Burma Government Medical School reports 1923-41
Year: 1923
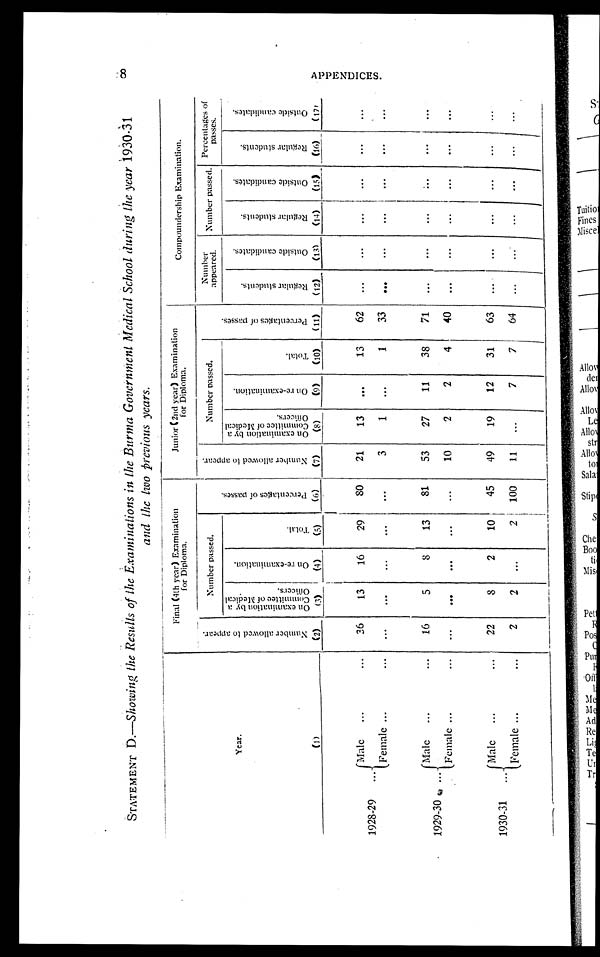
STATEMENT D.— Showing the Results of the Examinations in the Burma Government Medical School during the year 1930-31a n d t h e t w o p r e v i o u s y e a r
s.
8
Year.
(1)
Final (4th year) Examination
for Diploma.
Junior (2nd year) Examination
for Diploma.
Compoundership
Examination.
N u m b e r a l l o w e d t o a p p e a r .
( 2 )
Number passed.
P e r c e n t a g e s o f p a s s e s .
( 6 )
N u m b e r a l l o w e d t o a p p e a r .
( 7 )
Number passed.
P e r c e n t a g e s o f p a s s e s .
( 1 1 )
Number
appeared. Number passed. Percentages of
passes.
O n e x a m i n a t i o n b y a C o m m i t t e e o f M e d i c a l O f f i c e r s .
( 3 )
O n r e - e x a m i n a t i o n .
( 4 )
T o t a l .
( 5 )
O n e x a m i n a t i o n b y a C o m m i t t e e o f M e d i c a l O f f i c e r s .
( 8 )
O n r e - e x a m i n a t i o n .
( 9 )
T o t a l .
( 1 0 )
R e g u l a r s t u d e n t s .
( 1 2 )
O u t s i d e c a n d i d a t e s .
( 1 3 )
R e g u l a r s t u d e n t s
( 1 4 )
O u t s i d e c a n d i d a t e s .
( 1 5 )
R e g u l a r s t u d e n t s .
( 1 6 )
O u t s i d e c a n d i d a t e s .
( 1 7 )
1928-29
Male
36
13
16
29
80
21
13 ...
13
62 ...
. . .
. . .
. . .
. . .
. . .
Female
. . .
...
. . .
...
. . .
3
1
. . .
1
33 ...
...
. . .
. . .
. . .
. . .
1929-30
Male
16
5
8
13
81
53
27
11
38
71 ...
...
...
. . .
...
...
F e m a l e
. . .
. . .
...
...
...
10
2
2
4
40 ...
...
...
...
...
...
1930-31
Male
22
8
2
10
45
49
19
12
31
63
. . .
...
...
...
...
...
Female
2
2 ...
2 100
11
...
7
7
64 ...
...
...
...
...
...
A P P E N D I C I E S .